Scottish Leaving Certificate Examination, 1958
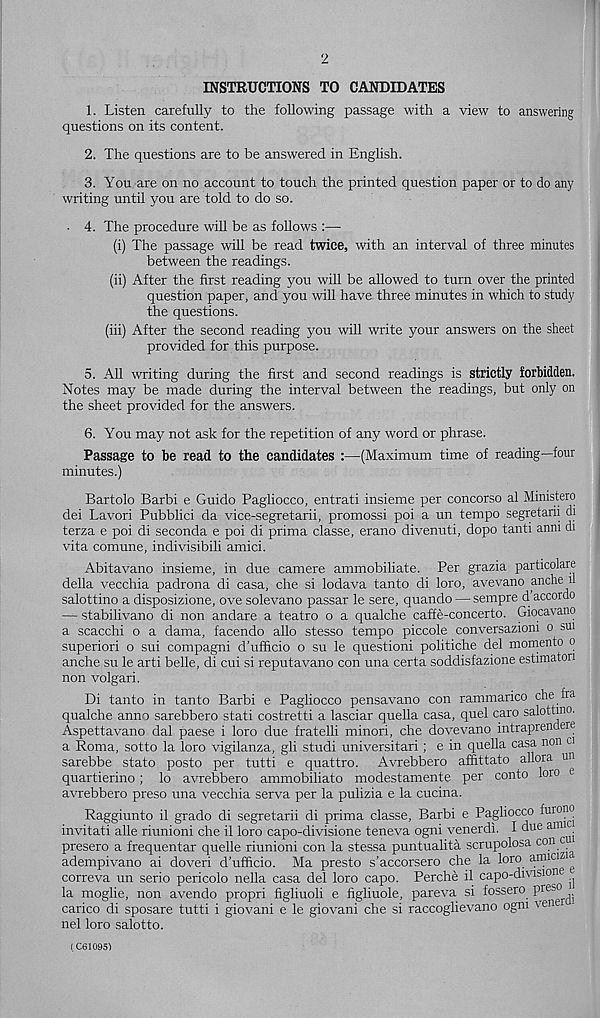
2
INSTRUCTIONS TO CANDIDATES
1. Listen carefully to the following passage with a view to answering
questions on its content.
2. The questions are to be answered in Enghsh.
3. You are on no account to touch the printed question paper or to do any
writing until you are told to do so.
■ 4. The procedure will be as follows :—
(i) The passage will be read twice, with an interval of three minutes
between the readings.
(ii) After the first reading you will be allowed to turn over the printed
question paper, and you will have three minutes in which to study
the questions.
(hi) After the second reading you will write your answers on the sheet
provided for this purpose.
5. All writing during the first and second readings is strictly forbidden.
Notes may be made during the interval between the readings, but only on
the sheet provided for the answers.
6. You may not ask for the repetition of any word or phrase.
Passage to be read to the candidates :—(Maximum time of reading—four
minutes.)
Bartolo Barbi e Guido Pagliocco, entrati insieme per concorso al Ministero
dei Lavori Pubblici da vice-segretarii, promossi poi a un tempo segretarii di
terza e poi di seconda e poi di prima classe, erano divenuti, dopo tanti anni di
vita comune, indivisibili amici.
Abitavano insieme, in due camere ammobiliate. Per grazia particolare
della vecchia padrona di casa, che si lodava tanto di loro, avevano anche il
salottino a disposizione, ove solevano passar le sere, quando — sempre d. accordo
— stabilivano di non andare a teatro o a qualche caffe-concerto. Giocavano
a scacchi o a dama, facendo alio stesso tempo piccole conversazioni o sui
superiori o sui compagni d’ufficio o su le question! politiche del momento o
anche su le arti belle, di cui si reputavano con una certa soddisfazione estimator!
non volgari.
Di tanto in tanto Barbi e Paghocco pensavano con rammarico che fra
qualche anno sarebbero stati costretti a lasciar quella casa, quel caro salottino.
Aspettavano dal paese i loro due fratelli minori, che dovevano intraprendere
a Roma, sotto la loro vigilanza, gli studi universitari; e in quella casa non ci
sarebbe stato posto per tutti e quattro. Avrebbero affittato allora un
quartierino; lo avrebbero ammobihato modestamente per conto loro e
avrebbero preso una vecchia serva per la pulizia e la cucina.
Raggiunto il grado di segretarii di prima classe, Barbi e Pagliocco f mc ®°
invitati alle riunioni che il loro capo-divisione teneva ogni venerdi. I due anuc.
presero a frequentar quelle riunioni con la stessa puntualita scrupolosa con ci
adempivano ai doveri d’ufficio. Ma presto s’accorsero che la loro amicizi^
correva un serio pericolo nella casa del loro capo. Perche il capo-dmsione ^
la moglie, non avendo propri figliuoli e figliuole, pareva si fossero P res0 ^
carico di sposare tutti i giovani e le giovani che si raccoglievano ogni vene
nel loro salotto.
I C61095)